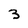
Character: 3